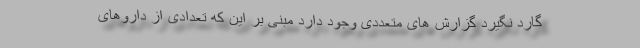
گارد نگیرد گزارش های متعددی وجود دارد مبنی بر این که تعدادی از داروهای